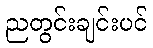
ညတွင်းချင်းပင်